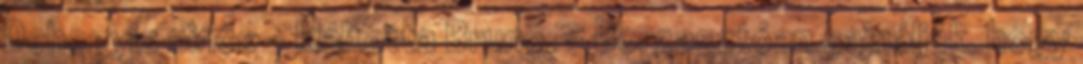
Dehogyis nincs – kiáltotta Bruno. – Borzasztóan sajnálják, hogy